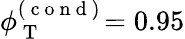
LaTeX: \phi_{\mathrm{~T~}}^{(\mathrm{~c~o~n~d~})}\! =0.95